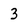
Character: 3